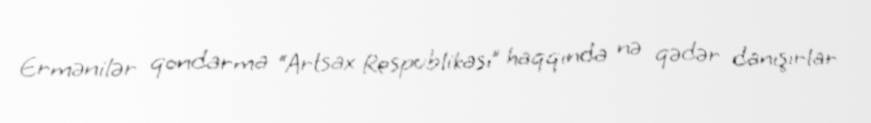
Ermənilər qondarma “Artsax Respublikası” haqqında nə qədər danışırlar